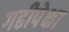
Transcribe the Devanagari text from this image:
गढीपेक्षा